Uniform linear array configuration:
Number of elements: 64
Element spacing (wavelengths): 1
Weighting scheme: hamming
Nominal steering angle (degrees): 15
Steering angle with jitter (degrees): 13.835
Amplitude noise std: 0.05
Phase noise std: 0.05

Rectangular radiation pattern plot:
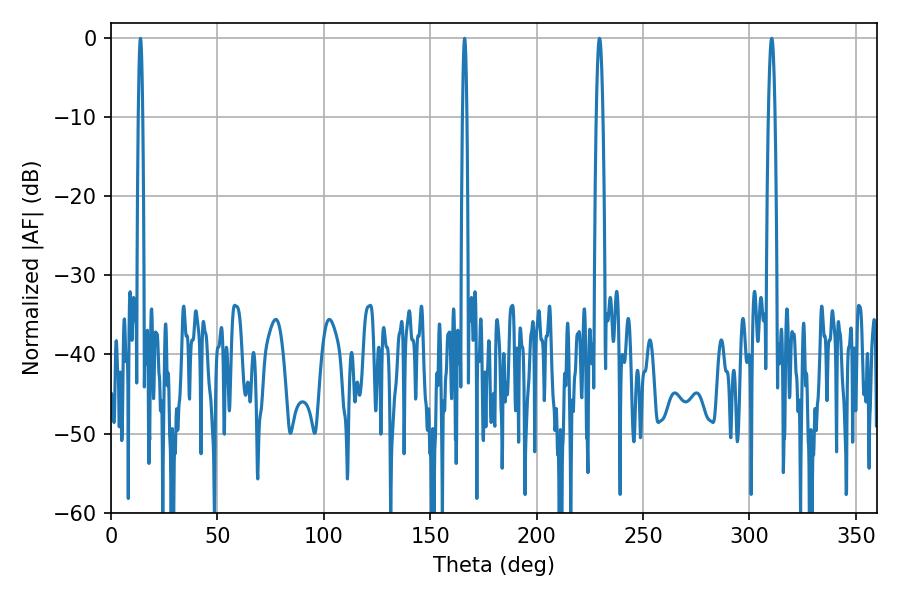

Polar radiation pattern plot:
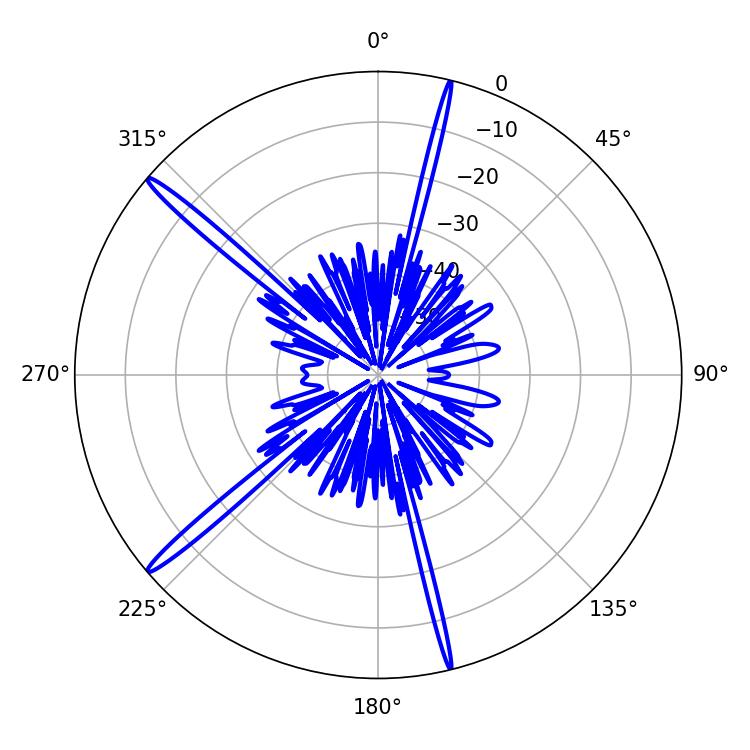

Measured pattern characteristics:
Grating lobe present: TRUE
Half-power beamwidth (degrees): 1.08
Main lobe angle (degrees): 166.14